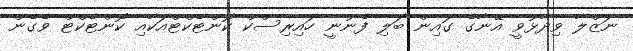
ނަޒްލާ ވިދާޅުވީ އޭނާގެ ގައިން ބަލި ފެނުނީ ހައިރިސްކް ކޮންޓެކްޓްއަކާއި ކޮންޓެކްޓް ވެގެން